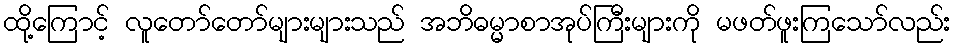
ထို့ကြောင့် လူတော်တော်များများသည် အဘိဓမ္မာစာအုပ်ကြီးများကို မဖတ်ဖူးကြသော်လည်း